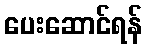
ပေးဆောင်ရန်